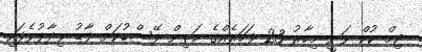
ޓިމް ކުކް ވަނީ މިހާރު 23 ފަހަރެއްގެ މަތިން ފޭސްބުކަށް ފާޑު ވިދާޅުވެފައި